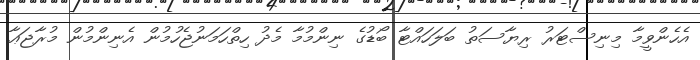
އެހެންވީމާ މިނިސްޓަރު ރިޔާސަތު ބަލަހައްޓާ ބޯޑުގެ ނިންމުމާ މެދު ހިތްހަމަނުޖެހުމުން އެނިންމުން މުރާޖަޢާ